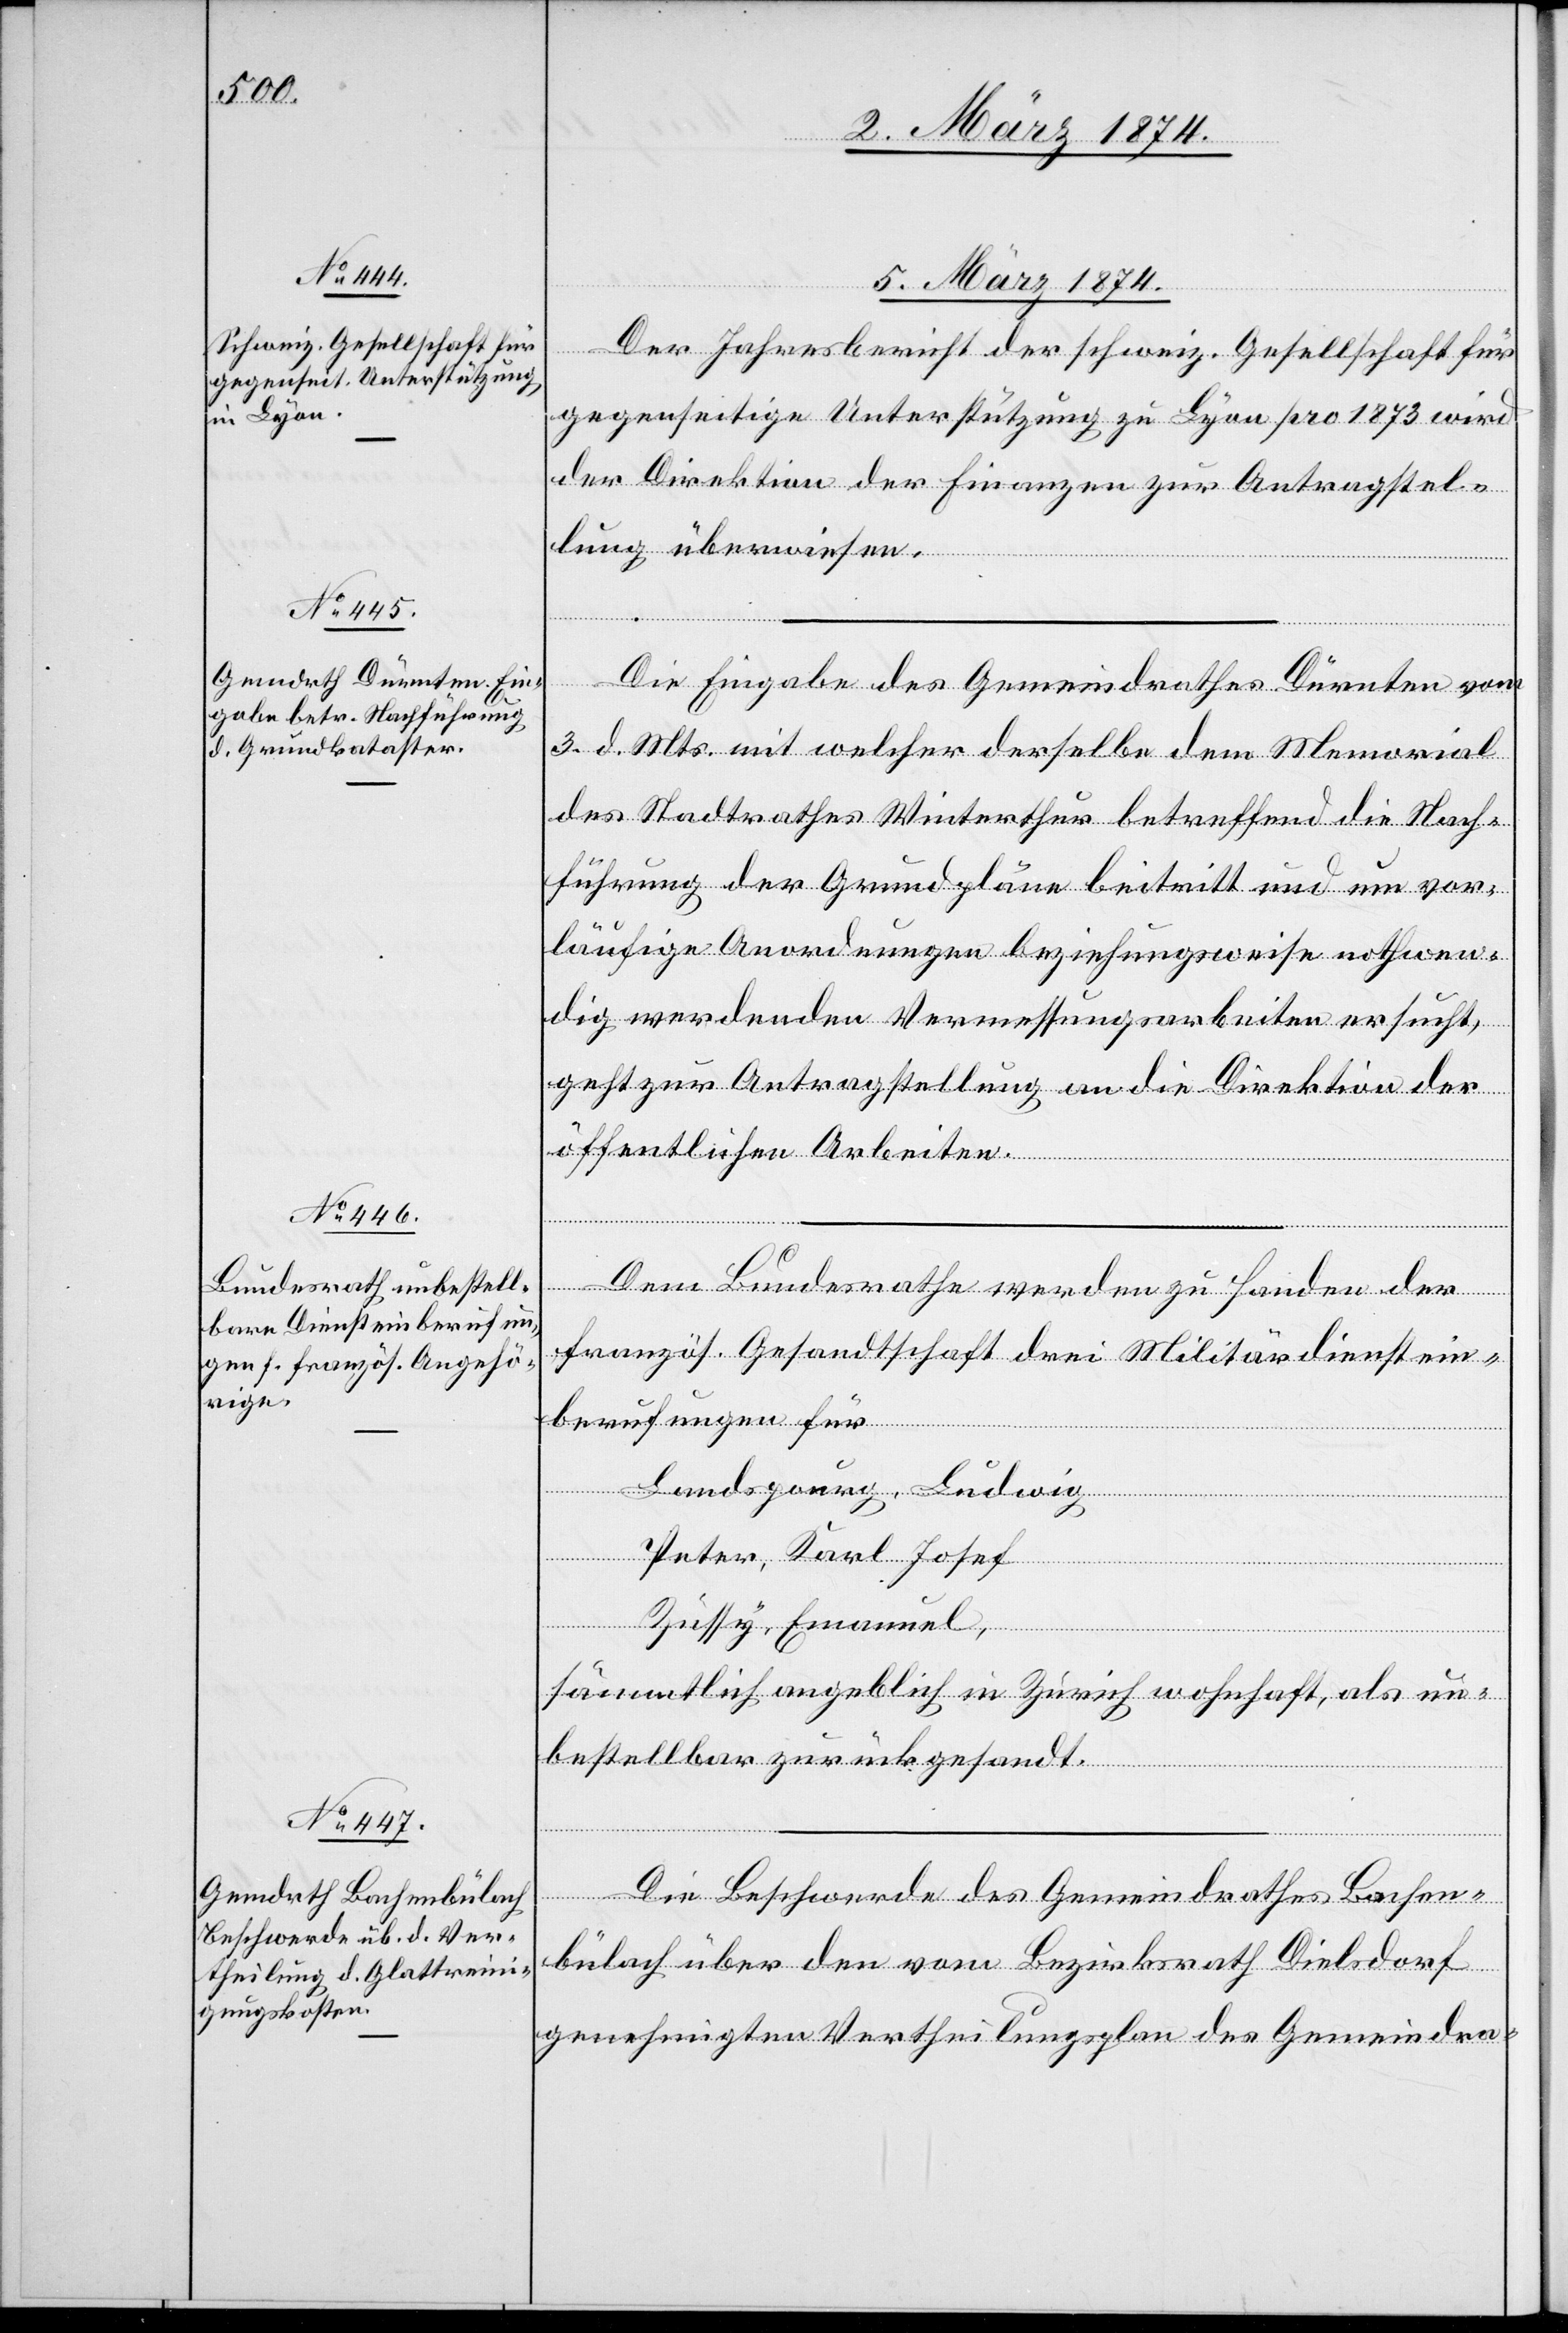
5. März 1874.]
Der Jahresbericht der schweiz. Gesellschaft für
gegenseitige Unterstützung zu Lyon pro 1873 wird
der Direktion der Finanzen zur Antragstel¬
lung überwiesen.
Die Eingabe des Gemeindrathes Dürnten vom
3. d. Mts. mit welcher derselbe dem Memorial
des Stadtrathes Winterthur betreffend die Nach¬
führung der Grundpläne beitritt und um vor¬
läufige Anordnungen beziehungsweise nothwen¬
dig werdenden Vermessungsarbeiten ersucht,
geht zur Antragstellung an die Direktion der
öffentlichen Arbeiten.
Dem Bundesrathe werden zu Handen der
französ. Gesandtschaft drei Militärdienstein¬
berufungen für
Landspourg, Ludwig
Peter, Karl Josef
Züssig, Emmanuel,
sämmtlich angeblich in Zürich wohnhaft, als un¬
bestellbar zurückgesandt.
Die Beschwerde des Gemeindrathes Bachen¬
bülach über den vom Bezirksrath Dielsdorf
genehmigten Vertheilungsplan des Gemeindra-